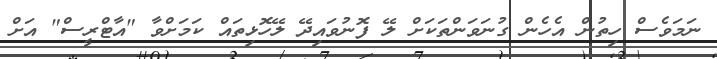
ނަމަވެސް ހިތުން އެހެން ގުނަވަންތަކަށް ލޭ ފޮނުވައިދޭ ލޭހޮޅިތައް ކަމަށްވާ "އާޓްރީސް" އަށް